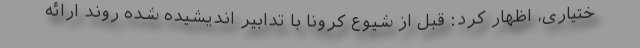
ختیاری، اظهار کرد: قبل از شیوع کرونا با تدابیر اندیشیده شده روند ارائه